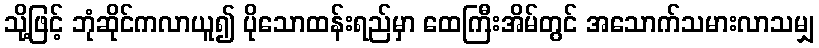
သို့ဖြင့် ဘုံဆိုင်ကလာယူ၍ ပိုသောထန်းရည်မှာ ထေကြီးအိမ်တွင် အသောက်သမားလာသမျှ